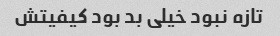
تازه نبود خیلی بد بود کیفیتش